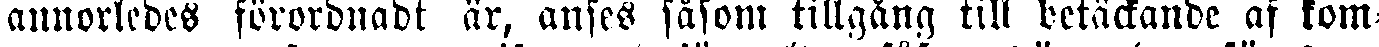
annorledes förordnadt är, anses såsom tillgång till betäckande af kom-